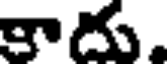
కాదు.